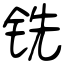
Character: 铣